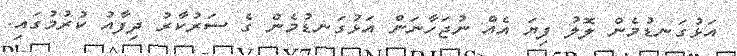
އަޅުގަނޑުމެން ލޮލު ފިޔަ އެއް ނުޖަހާނަން އަޅުގަނޑުމެން ގެ ސަރުކާރު ދިފާއު ކުރުމުގައި.